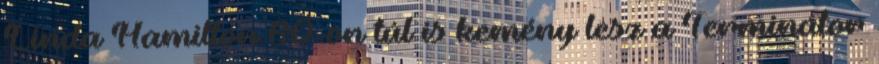
Linda Hamilton 60-on túl is kemény lesz a Terminátor